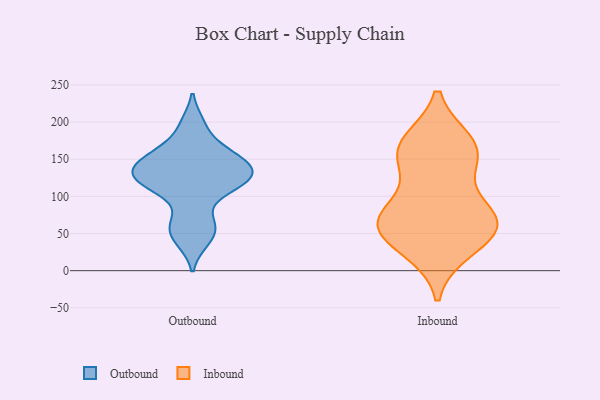
{"axis": {"x": "Budget (USD K)", "y": "Value"}, "legend": ["Inbound", "Outbound"], "data": [{"x": "", "y": 65, "type": "Outbound"}, {"x": "", "y": 143, "type": "Outbound"}, {"x": "", "y": 199, "type": "Outbound"}, {"x": "", "y": 101, "type": "Outbound"}, {"x": "", "y": 118, "type": "Outbound"}, {"x": "", "y": 143, "type": "Outbound"}, {"x": "", "y": 118, "type": "Outbound"}, {"x": "", "y": 140, "type": "Outbound"}, {"x": "", "y": 57, "type": "Outbound"}, {"x": "", "y": 130, "type": "Outbound"}, {"x": "", "y": 160, "type": "Outbound"}, {"x": "", "y": 38, "type": "Outbound"}, {"x": "", "y": 123, "type": "Outbound"}, {"x": "", "y": 167, "type": "Outbound"}, {"x": "", "y": 155, "type": "Inbound"}, {"x": "", "y": 62, "type": "Inbound"}, {"x": "", "y": 77, "type": "Inbound"}, {"x": "", "y": 173, "type": "Inbound"}, {"x": "", "y": 28, "type": "Inbound"}, {"x": "", "y": 78, "type": "Inbound"}, {"x": "", "y": 58, "type": "Inbound"}, {"x": "", "y": 138, "type": "Inbound"}, {"x": "", "y": 173, "type": "Inbound"}, {"x": "", "y": 66, "type": "Inbound"}, {"x": "", "y": 67, "type": "Inbound"}, {"x": "", "y": 160, "type": "Inbound"}, {"x": "", "y": 35, "type": "Inbound"}]}